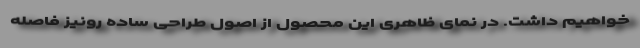
خواهیم داشت. در نمای ظاهری این محصول از اصول طراحی ساده رونیز فاصله